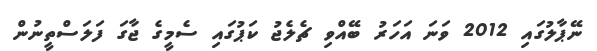
ނޭޕާލުގައި 2012 ވަނަ އަހަރު ބޭއްވި ޗެލެޖު ކަޕުގައި ސެމީގެ ޖާގަ ފަލަސްތީނުން